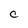
Character: C